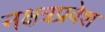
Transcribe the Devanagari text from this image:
नक्षत्रप्रवेश